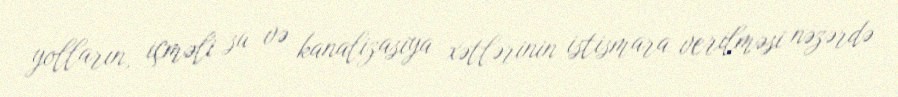
yolların, içməli su və kanalizasiya xətlərinin istismara verilməsi nəzərdə